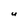
Character: U